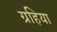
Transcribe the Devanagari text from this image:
ग्रहिया